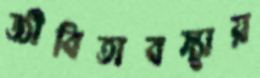
জীবিতাবস্থায়